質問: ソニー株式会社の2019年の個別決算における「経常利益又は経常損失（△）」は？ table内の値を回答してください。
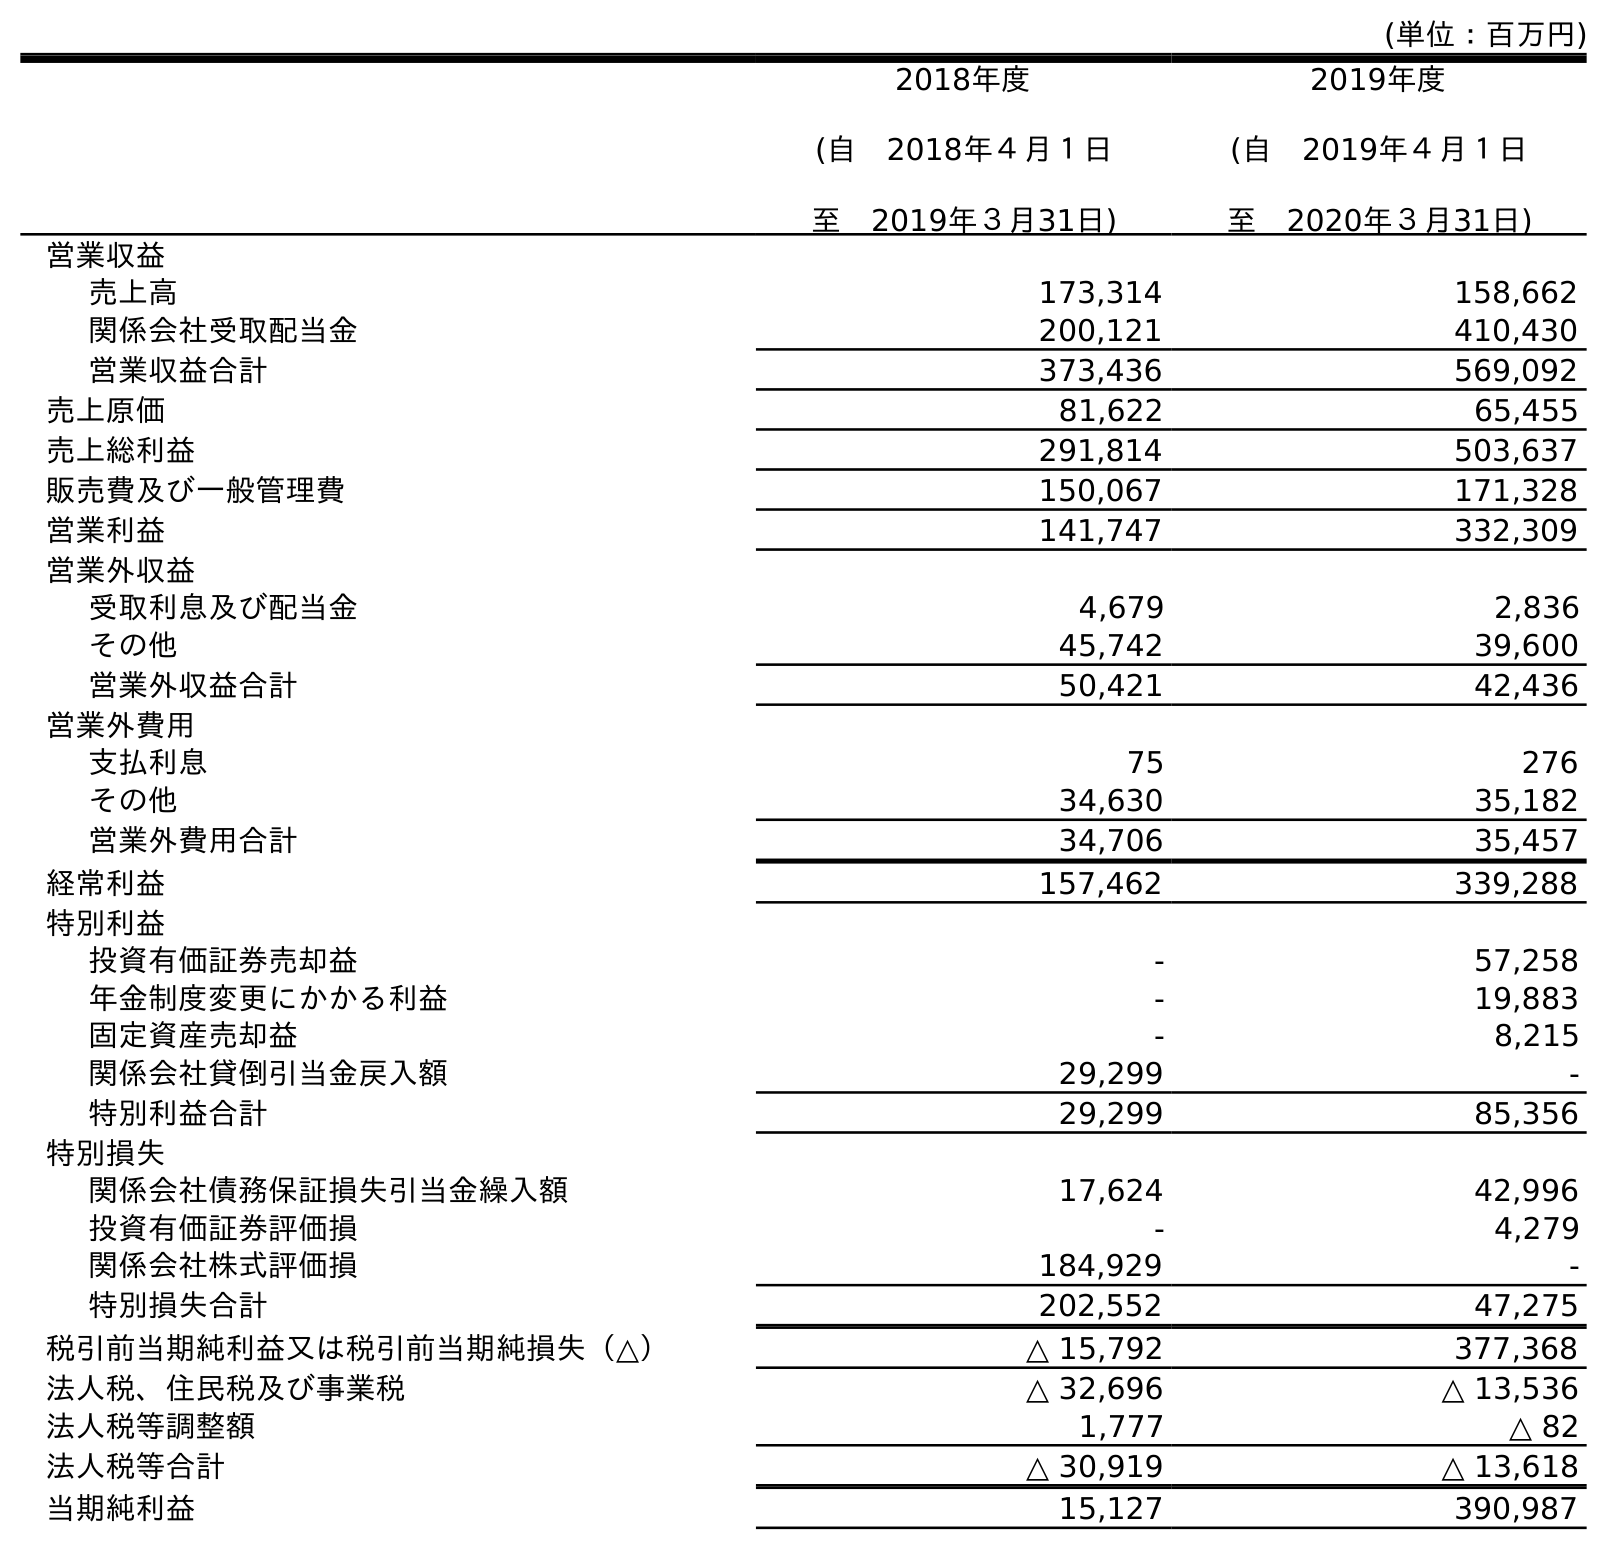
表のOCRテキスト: (単位：百万円) 2018年度 (自 2018年４月１日 至 2019年３月31日) 2019年度 (自 2019年４月１日 至 2020年３月31日) 営業収益 売上高 173,314 158,662 関係会社受取配当金 200,121 410,430 営業収益合計 373,436 569,092 売上原価 81,622 65,455 売上総利益 291,814 503,637 販売費及び一般管理費 150,067 171,328 営業利益 141,747 332,309 営業外収益 受取利息及び配当金 4,679 2,836 その他 45,742 39,600 営業外収益合計 50,421 42,436 営業外費用 支払利息 75 276 その他 34,630 35,182 営業外費用合計 34,706 35,457 経常利益 157,462 339,288 特別利益 投資有価証券売却益 - 57,258 年金制度変更にかかる利益 - 19,883 固定資産売却益 - 8,215 関係会社貸倒引当金戻入額 29,299 - 特別利益合計 29,299 85,356 特別損失 関係会社債務保証損失引当金繰入額 17,624 42,996 投資有価証券評価損 - 4,279 関係会社株式評価損 184,929 - 特別損失合計 202,552 47,275 税引前当期純利益又は税引前当期純損失（△） △ 15,792 377,368 法人税、住民税及び事業税 △ 32,696 △ 13,536 法人税等調整額 1,777 △ 82 法人税等合計 △ 30,919 △ 13,618 当期純利益 15,127 390,987
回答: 157,462